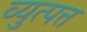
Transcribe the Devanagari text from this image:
व्युत्पत्त